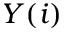
Y ( i )